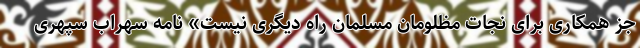
جز همکاری برای نجات مظلومان مسلمان راه دیگری نیست» نامه سهراب سپهری